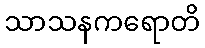
သာသနကရောတိ